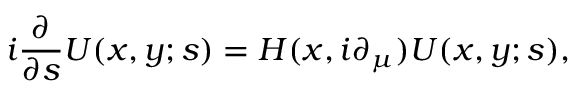
i \frac { \partial } { \partial s } U ( x , y ; s ) = H ( x , i \partial _ { \mu } ) U ( x , y ; s ) ,